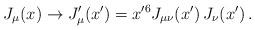
LaTeX: \begin{align*}J_{\mu}(x)\rightarrow J_\mu'(x')=x'^6J_{\mu\nu}(x')\,J_\nu(x') \, .\end{align*}